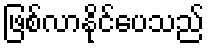
ဖြစ်လာနိုင်ပေသည်